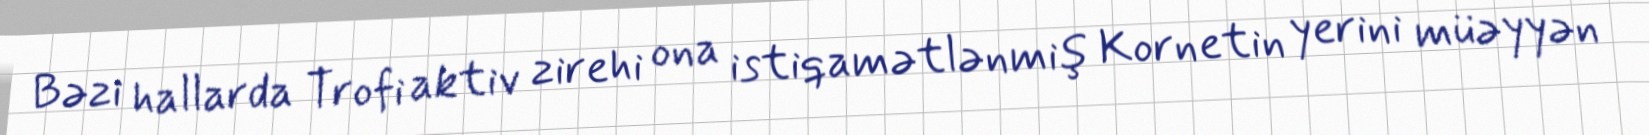
Bəzi hallarda Trofi aktiv zirehi ona istiqamətlənmiş Kornetin yerini müəyyən